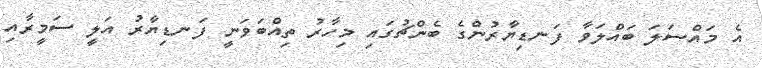
އެ މައްސަލަ ބައްލަވާ ފަނޑިޔާރުންގެ ބެންޗުގައި މިހާރު ތިއްބަވަނީ ފަނޑިޔާރު އަލީ ސަމީރާއި